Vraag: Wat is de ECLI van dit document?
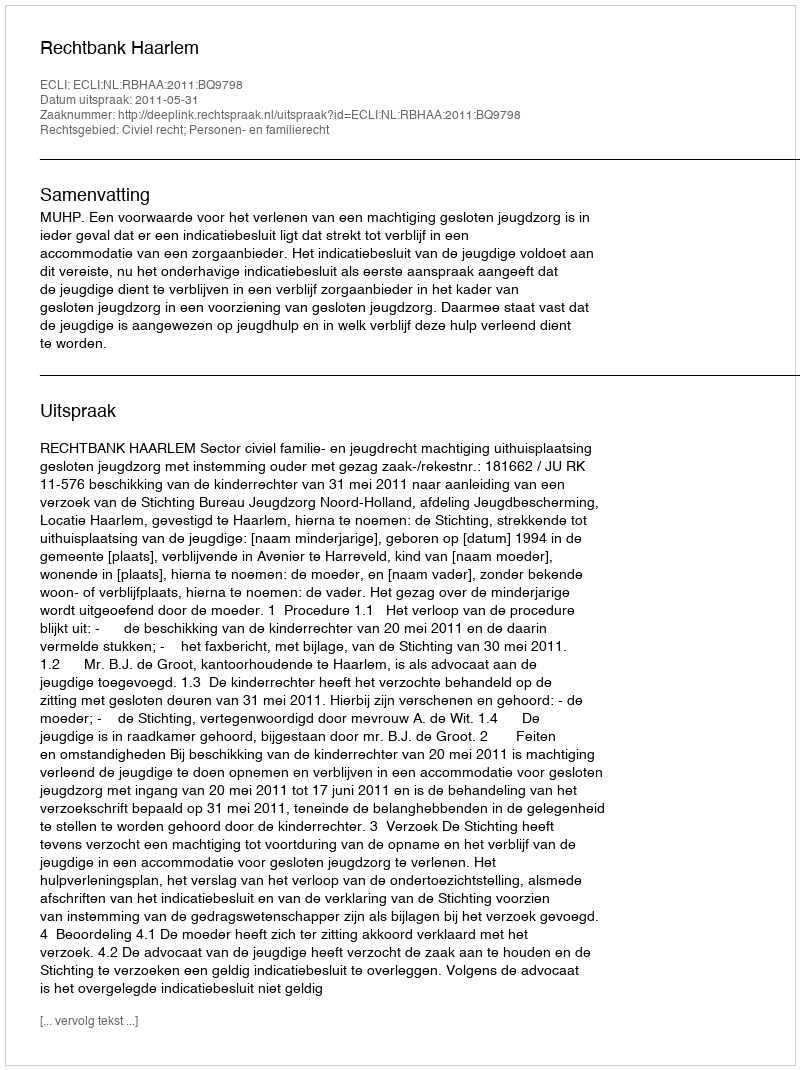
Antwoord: ECLI:NL:RBHAA:2011:BQ9798